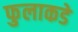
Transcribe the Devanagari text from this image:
फुलाकडे